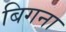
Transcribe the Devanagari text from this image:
बिगना